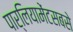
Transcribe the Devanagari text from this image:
पार्लियामेंटसबसे